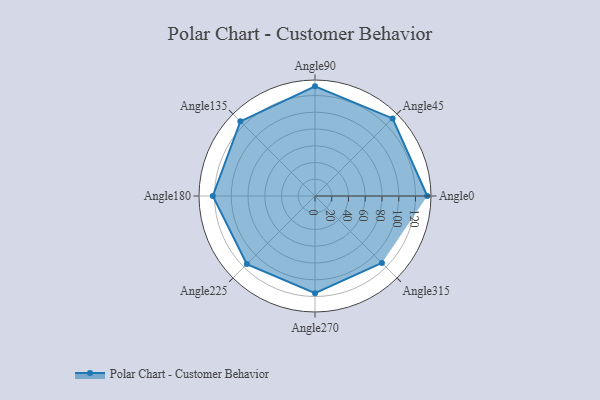
{"axis": {"x": "Angle", "y": "Radius"}, "legend": [""], "data": [{"x": "Angle0", "y": 134.0, "type": ""}, {"x": "Angle45", "y": 131.0, "type": ""}, {"x": "Angle90", "y": 131.0, "type": ""}, {"x": "Angle135", "y": 126.0, "type": ""}, {"x": "Angle180", "y": 122.0, "type": ""}, {"x": "Angle225", "y": 115.0, "type": ""}, {"x": "Angle270", "y": 116.0, "type": ""}, {"x": "Angle315", "y": 113.0, "type": ""}]}